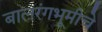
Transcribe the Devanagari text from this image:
बालरंगभूमीचे